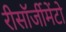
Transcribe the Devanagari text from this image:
रीसॉर्जीमेंटो